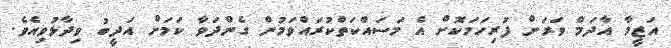
އަޒީމާ އާދަމް ވަރަށް ފުރިހަމަކޮށް އެ މަސައްކަތްކުރައްވަމުން ގެންދަވާ ކަމަށް އަދީބު ވިދާޅުވިއެވެ.